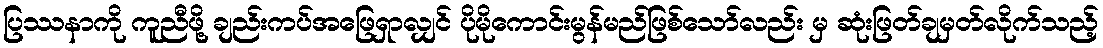
ပြဿနာကို ကူညီဖို့ ချည်းကပ်အဖြေရှာလျှင် ပိုမိုကောင်းမွန်မည်ဖြစ်သော်လည်း မှ ဆုံးဖြတ်ချမှတ်လိုက်သည့်